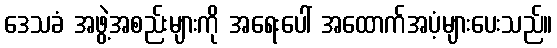
ဒေသခံ အဖွဲ့အစည်းများကို အရေးပေါ် အထောက်အပံ့များပေးသည်။